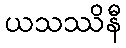
ယသဿိနီ